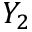
Y _ { 2 }